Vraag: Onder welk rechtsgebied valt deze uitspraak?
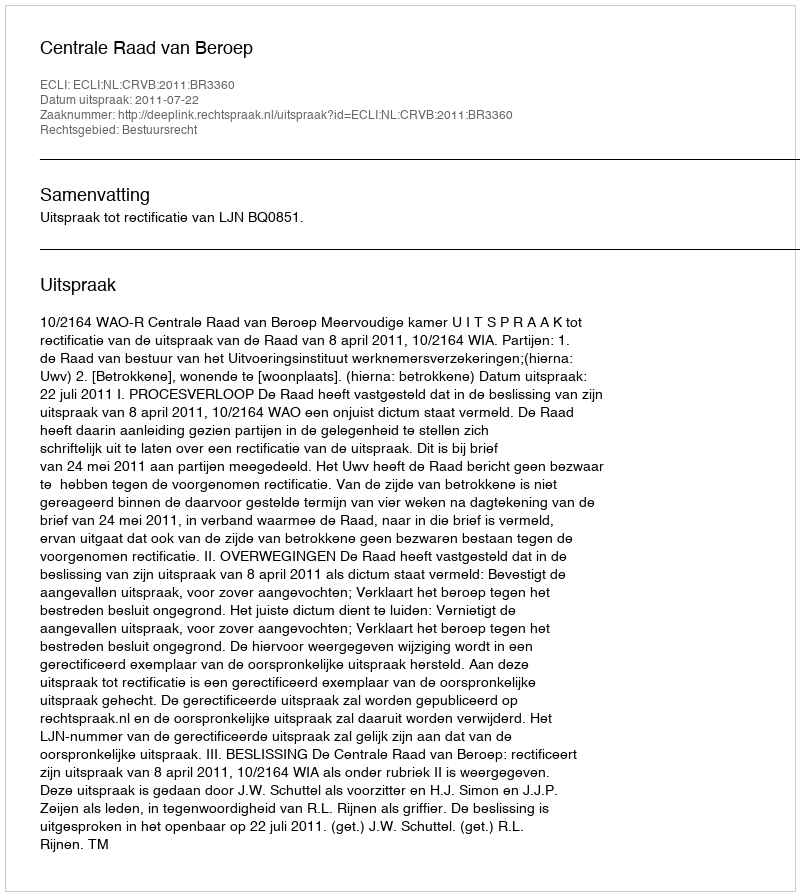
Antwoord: Bestuursrecht